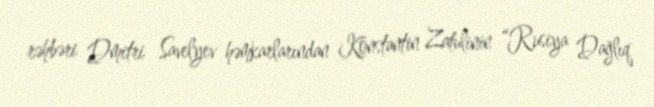
rəhbəri Dmitri Savelyev həmkarlarından Konstantin Zatulinin “Rusiya Dağlıq